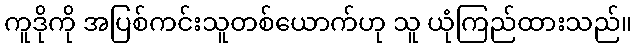
ကူဒိုကို အပြစ်ကင်းသူတစ်ယောက်ဟု သူ ယုံကြည်ထားသည်။